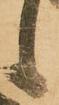
候